Rangoon Lunatic Asylum 1878-1892 - 1878-1892
Year: 1878
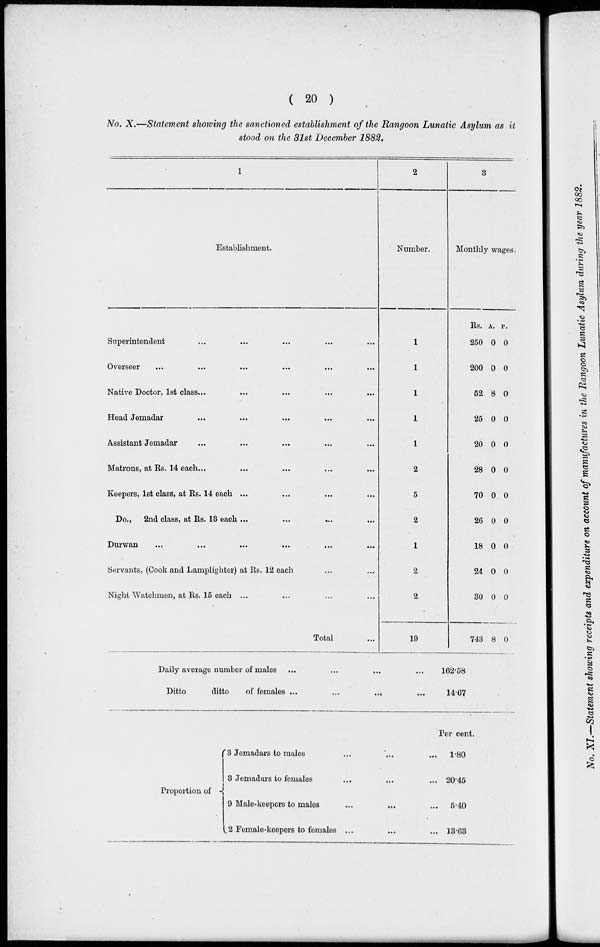
( 20 )
No. X.—Statement showing the sanctioned establishment of the Rangoon Lunatic Asylum as it
stood on the 31st December 1882.
1
Establishment.
Superintendent ... ... ... ... ...
Overseer ... ... ... ... ... ...
Native Doctor, 1st class... ... ... ...
Head Jemadar ... ... ... ... ...
Assistant Jemadar ... ... ... ... ...
Matrons, at Rs. 14 each... ... ... ... ... ...
Keepers, 1st class, at Rs. 14 each ... ... ... ...
Do., 2nd class, at Rs. 13 each ...
Durwan
...
...
...
...
...
...
Servants, (Cook and Lamplighter) at Rs. 12 each
Night Watchmen, at Rs. 15 each ... ... ... ...
Total ...
2
Number.
1
1
1
1
1
2
5
2
1
2
2
19
Daily average number of males ... ... ... ...
Ditto
ditto
of females ... ... ... ...
Proportion of
3 Jemadars to males ... ... ...
3 Jemadars to females ... ... ...
9 Male-keepers to males ... ... ...
2 Female-keepers to females ... ... ...
3
Monthly wages.
Rs.
250
200
52
25
20
28
70
26
18
24
30
743
A.
0
0
8
0
0
0
0
0
0
0
0
8
p.
0
0
0
0
0
0
0
0
0
0
0
0
162.58
14.67
Per cent.
1.80
20.45
5.40
13.63